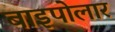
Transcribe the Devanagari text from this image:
बाइपोलार